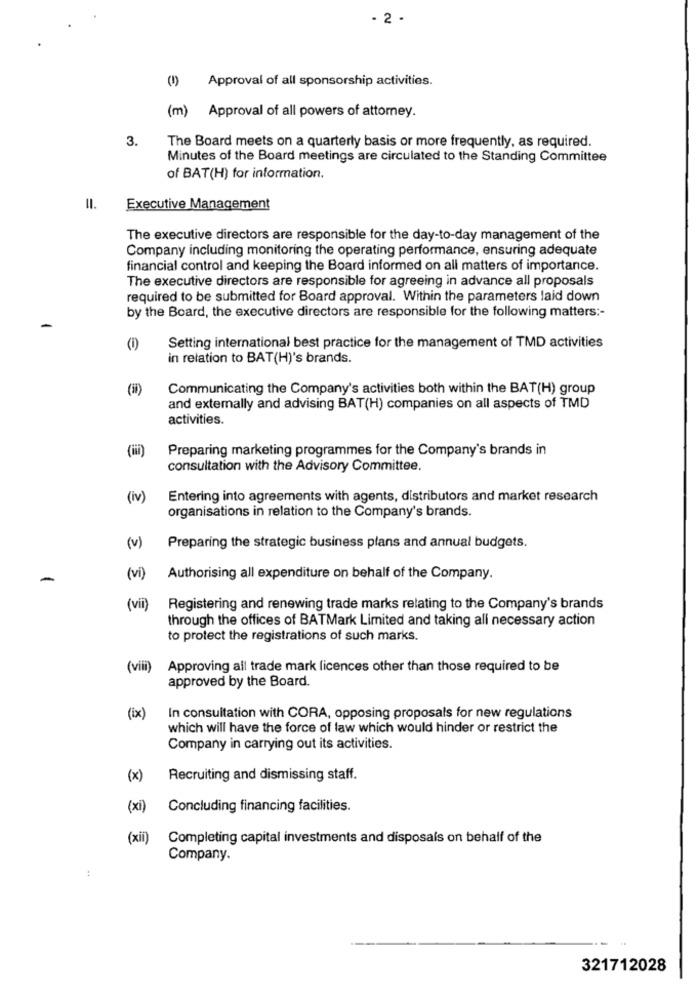
- 2 .
Approval of all sponsorship activities.
(m) Approval of all powers of attorney.
3.
The Board meets on a quarterly basis or more frequently, as required.
Minutes of the Board meetings are circulated to the Standing Committee
of BAT(H) for information.
11.
Executive Management
The executive directors are responsible for the day-to-day management of the
Company including monitoring the operating performance, ensuring adequate
financial control and keeping the Board informed on all matters of importance.
The executive directors are responsible for agreeing in advance all proposals
required to be submitted for Board approval. Within the parameters laid down
by the Board, the executive directors are responsible for the following matters :-
-
(1)
Setting international best practice for the management of TMD activities
in relation to BAT(H)'s brands.
(1)
Communicating the Company's activities both within the BAT(H) group
and extemally and advising BAT(H) companies on all aspects of TMD
activities.
(iii)
Preparing marketing programmes for the Company's brands in
consultation with the Advisory Committee.
(iv)
Entering into agreements with agents, distributors and market research
organisations in relation to the Company's brands.
(v)
Preparing the strategic business plans and annual budgets.
-
(vi)
Authorising all expenditure on behalf of the Company.
(vii)
Registering and renewing trade marks relating to the Company's brands
through the offices of BATMark Limited and taking all necessary action
to protect the registrations of such marks.
(vili)
Approving all trade mark licences other than those required to be
approved by the Board.
(ix)
In consultation with CORA, opposing proposals for new regulations
which will have the force of law which would hinder or restrict the
Company in carrying out its activities.
(x)
Recruiting and dismissing staff.
(xi)
Concluding financing facilities.
(xii)
Completing capital investments and disposals on behalf of the
Company.
:
321712028